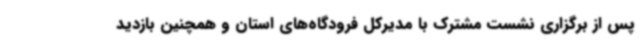
پس از برگزاری نشست مشترک با مدیرکل فرودگاه‌های استان و همچنین بازدید